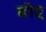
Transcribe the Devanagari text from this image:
छोए